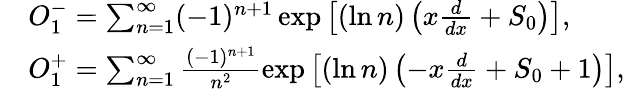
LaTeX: \begin{array}{rl}&{O_{1}^{-}=\sum_{n=1}^{\infty}(-1)^{n+1}\exp\left[(\ln n)\left(x\frac{d}{dx}+S_{0}\right)\right],}\\ &{O_{1}^{+}=\sum_{n=1}^{\infty}\frac{(-1)^{n+1}}{n^{2}}\exp\left[(\ln n)\left(-x\frac{d}{dx}+S_{0}+1\right)\right],}\end{array}